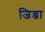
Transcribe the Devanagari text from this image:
जिन्जा